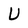
Character: U